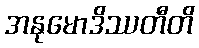
အနုမောဒိဿတီတိ